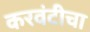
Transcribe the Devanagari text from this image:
करवंटीचा